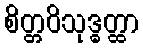
စိတ္တဝိသုဒ္ဓတ္ထာ